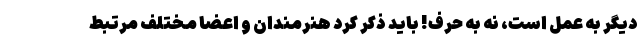
دیگر به عمل است، نه به حرف! باید ذکر کرد هنرمندان و اعضا مختلف مرتبط